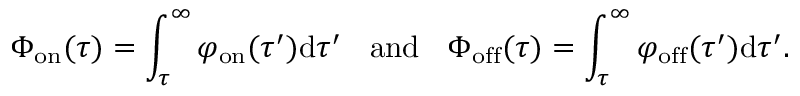
\Phi _ { \mathrm { o n } } ( \tau ) = \int _ { \tau } ^ { \infty } \varphi _ { \mathrm { \mathrm { o n } } } ( \tau ^ { \prime } ) \mathrm { d } \tau ^ { \prime } \; \; \mathrm { ~ a n d ~ } \; \; \Phi _ { \mathrm { o f f } } ( \tau ) = \int _ { \tau } ^ { \infty } \varphi _ { \mathrm { \mathrm { o f f } } } ( \tau ^ { \prime } ) \mathrm { d } \tau ^ { \prime } .